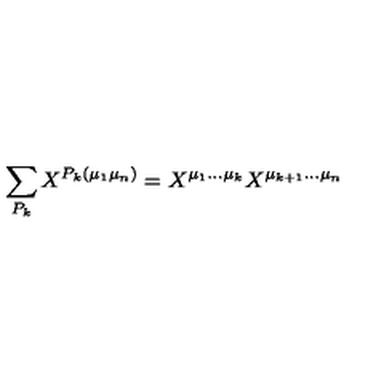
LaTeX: \sum _ { P _ { k } } X ^ { P _ { k } ( \mu _ { 1 } \mu _ { n } ) } = X ^ { \mu _ { 1 } \ldots \mu _ { k } } X ^ { \mu _ { k + 1 } \ldots \mu _ { n } }